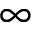
\infty